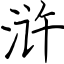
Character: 浒